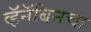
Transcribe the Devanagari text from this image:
व्हॅनॅबिनचा